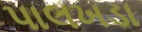
પાલખડા